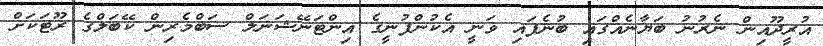
އުރީދޫއިން ނެރުނު ބަޔާނެއްގައި ބުނެފައި ވަނީ އެކުންފުނީގެ އިންޓަނޭޝަނަލް ސަބްމެރިން ކޭބަލްގެ ރޫޓަކަށް